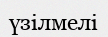
үзілмелі